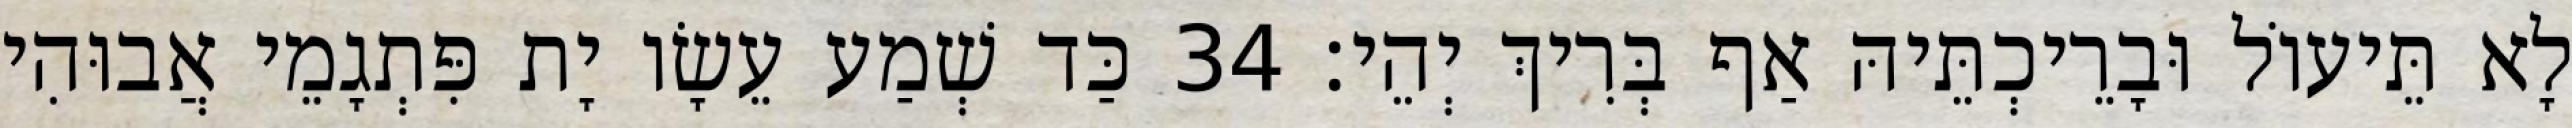
לָא תֵּיעוֹל וּבָרֵיכְתֵּיהּ אַף בְּרִיךְ יְהֵי׃ 34 כַּד שְׁמַע עֵשָׂו יָת פִּתְגָמֵי אֲבוּהִי